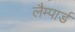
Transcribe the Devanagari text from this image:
लैम्पार्ड